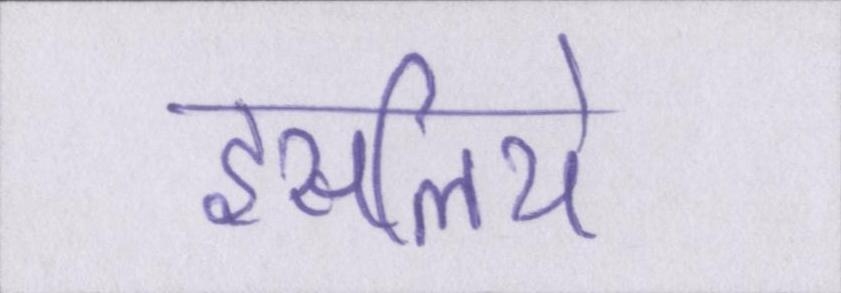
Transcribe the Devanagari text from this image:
इसलिये